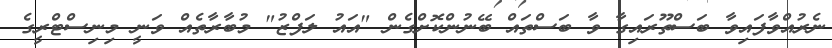
ނެރުއްވާފައިވާ ބަސްތޫރައިގާ ވާ ބަސްތައް ބޭނުންކޮށްގެން "އައު ލަފްޒު" މުބާރާތެއް ވަނީ މިނިސްޓްރީގެ